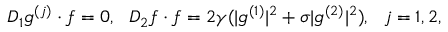
D _ { 1 } g ^ { ( j ) } \cdot f = 0 , ~ ~ D _ { 2 } f \cdot f = 2 \gamma ( \lvert g ^ { ( 1 ) } \rvert ^ { 2 } + \sigma \lvert g ^ { ( 2 ) } \rvert ^ { 2 } ) , ~ ~ j = 1 , 2 ,